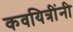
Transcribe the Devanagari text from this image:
कवयित्रींनी